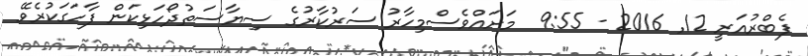
ފެބްރުއަރީ 12